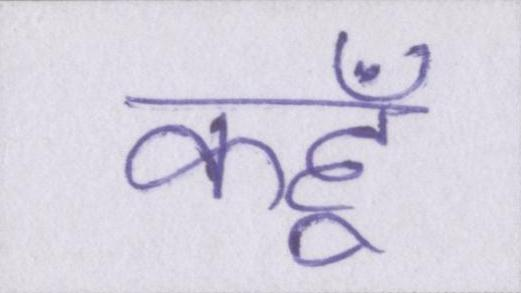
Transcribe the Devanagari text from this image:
कहूँ